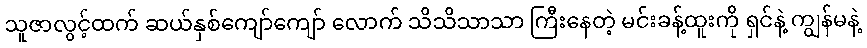
သူဇာလွင့်ထက် ဆယ်နှစ်ကျော်ကျော် လောက် သိသိသာသာ ကြီးနေတဲ့ မင်းခန့်ထူးကို ရှင်နဲ့ ကျွန်မနဲ့